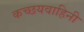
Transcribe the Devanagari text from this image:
कच्छयवाहिनी